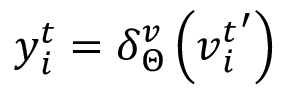
\boldsymbol { y } _ { i } ^ { t } = \delta _ { \boldsymbol { \Theta } } ^ { v } \left( { \boldsymbol { v } _ { i } ^ { t } } ^ { \prime } \right)